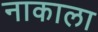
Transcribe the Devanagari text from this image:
नाकाला